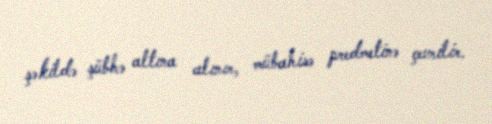
şəkildə şübhə altına alınır, mübahisə predmetinə çevrilir.